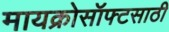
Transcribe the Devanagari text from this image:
मायक्रोसॉफ्टसाठी